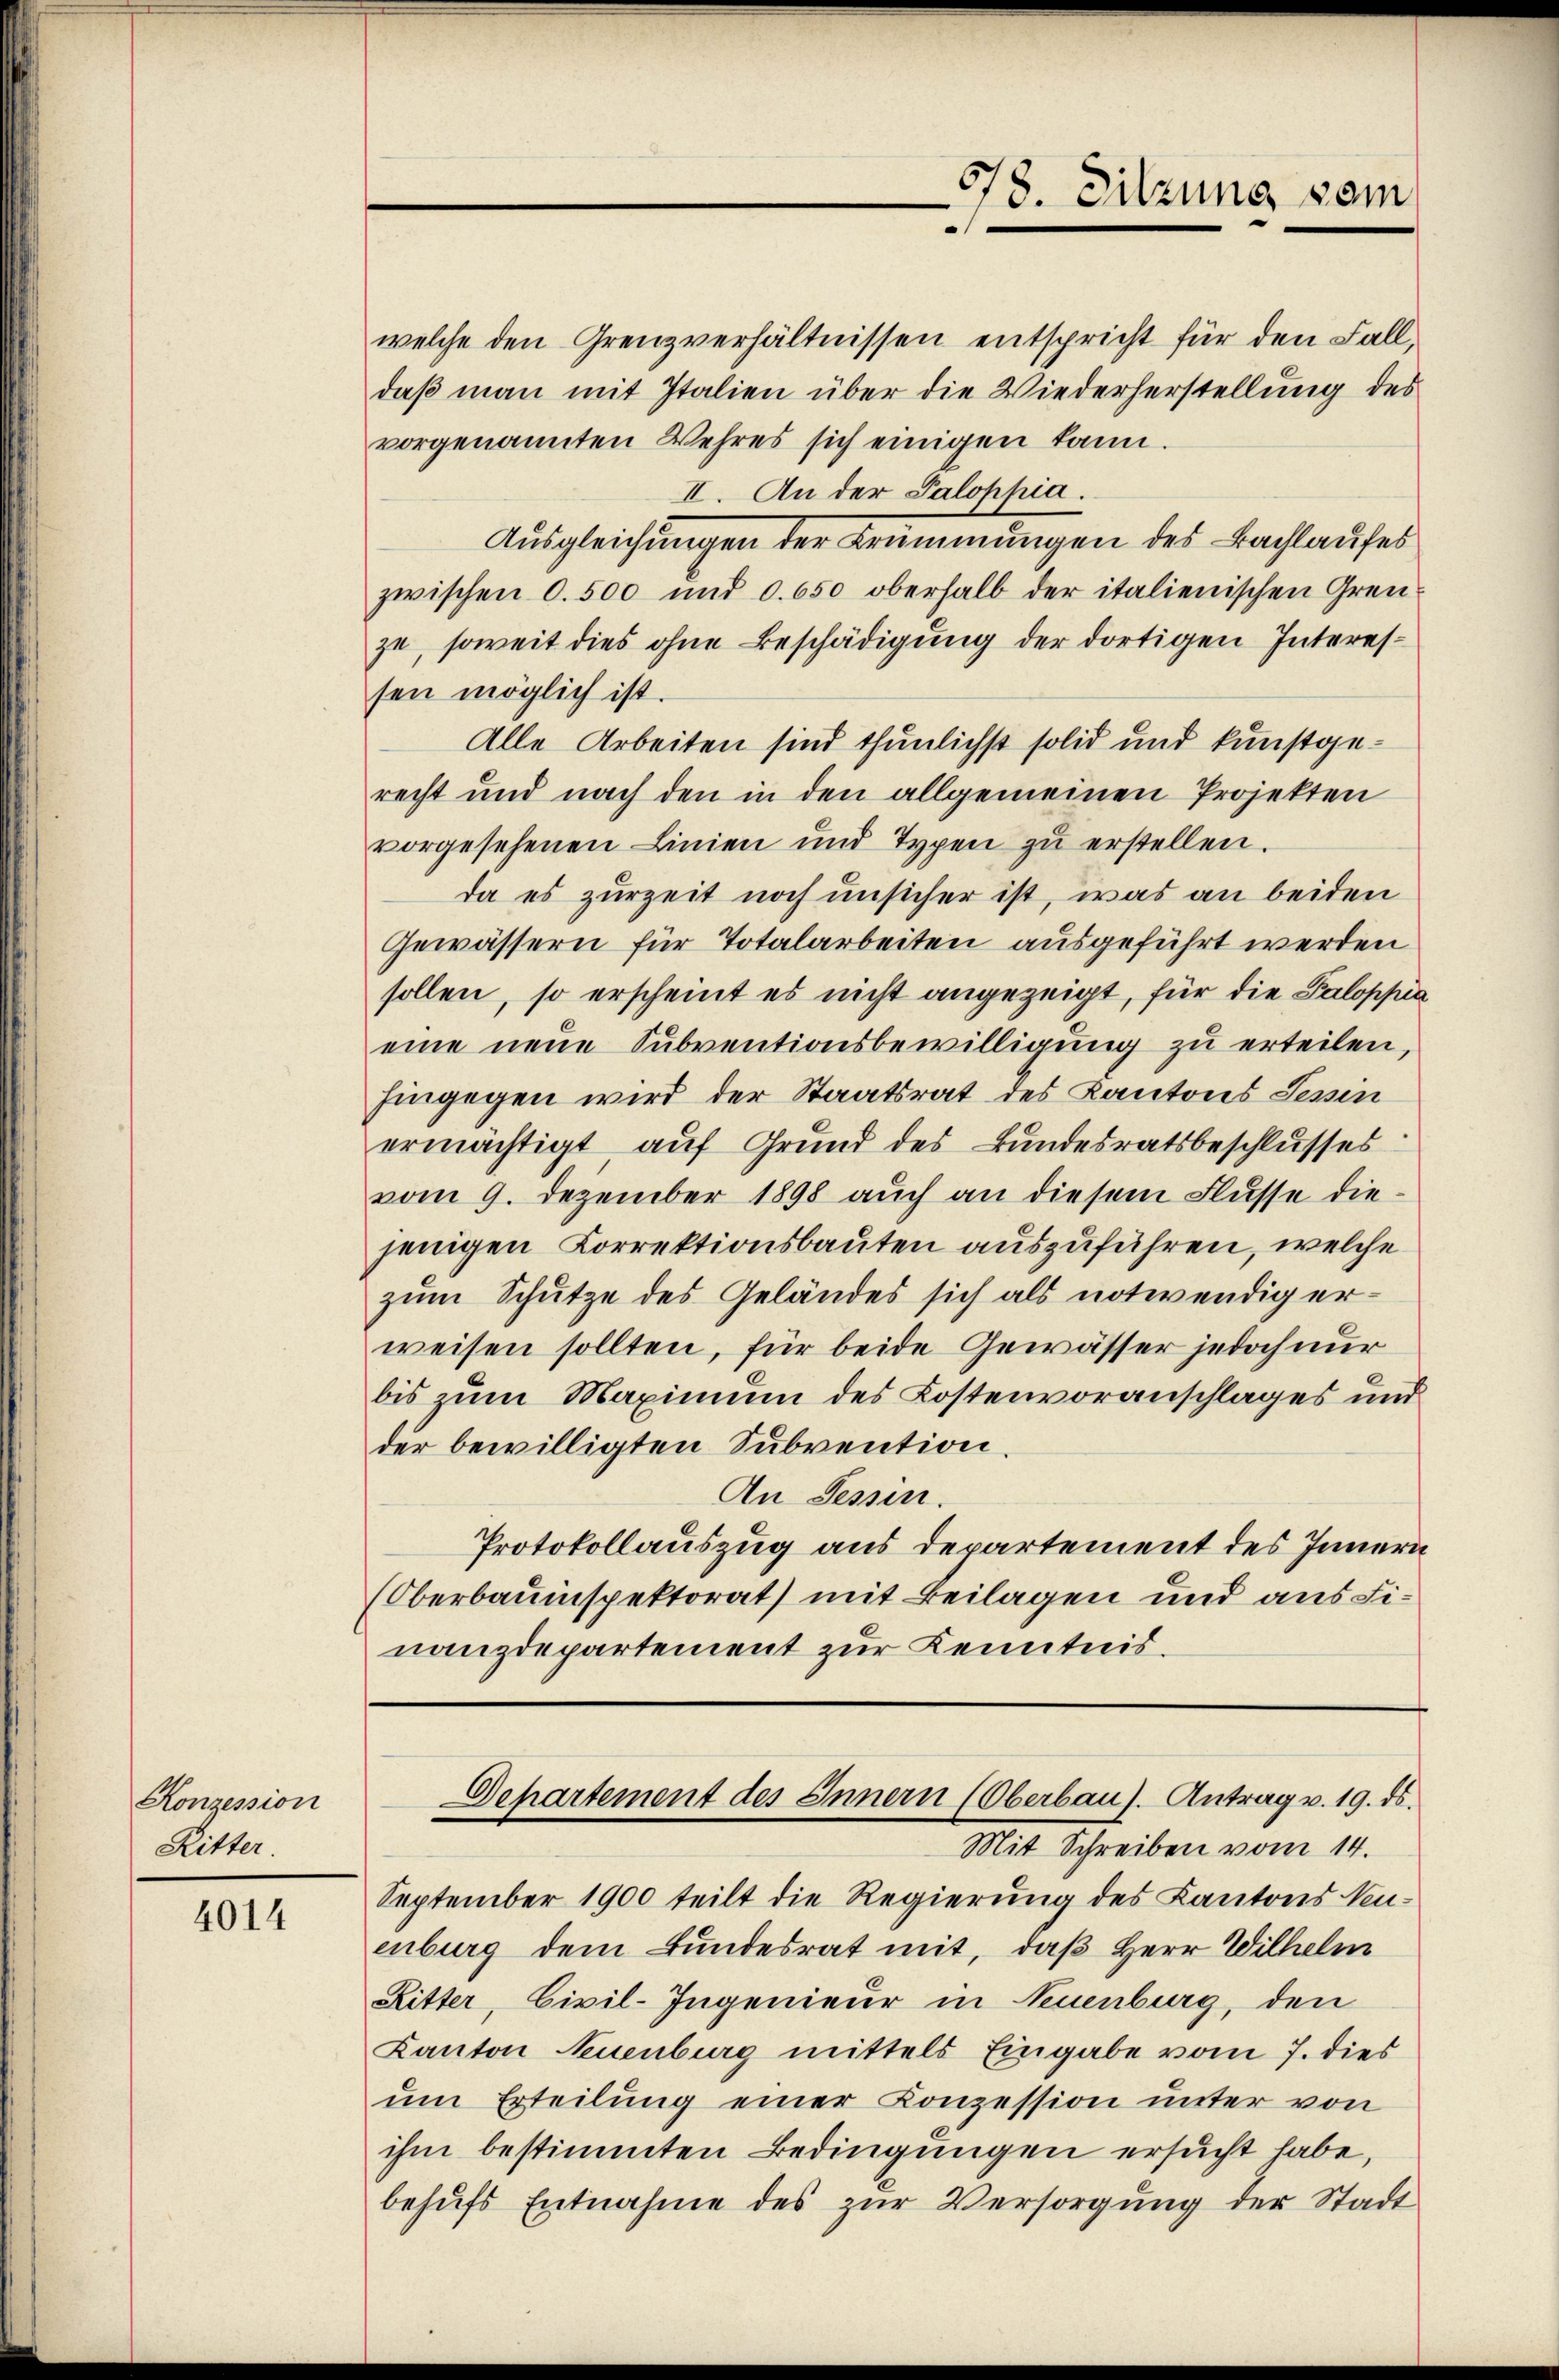
Konzession
Ritter.

4014

welche den Grenzverhältnissen entspricht für den Falldaß man mit Italien über die Wiederherstellung des
vorgenannten Wehres sich einigen kann.
II. An der Palophia.
Ausgleichungen der Krümmungen des Bachlaufes
zwischen 0. 500 und c. 650 oberhalb der italienischen Grenze, soweit dies ohne Beschädigung der dortigen Interessen möglich ist.
Alle Arbeiten sind thunlichst solid und kunstgerecht und nach den in den allgemeinen Projekten
vorgesehenen Linien und Typen zŭ erstellen.
da es zurzeit noch unsicher ist, was an beiden
Gewässern für Totalarbeiten ausgeführt werden
sollen, so erscheint es nicht angezeigt, für die Paloppia
eine neue Subventionsbewilligung zu erteilen,
hingegen wird der Staatsrat des Kantons Tessin
ermächtigt, auf Grund des Bundesratsbeschlusses
vom 9. Dezember 1898 auch an diesem Flusse diejenigen Korrektionsbauten auszuführen, welche
zum Schutze des Geländes sich als notwendig erweisen sollten, für beide Gewässer jedoch nur
bis zum Maximum des Kostenvoranschlages und
der bewilligten Subvention.
An Sessen.
Protokollauszug aus Departement des Innern
Oberbauinspektorat) mit Beilagen und aus Finanzdepartement zur Kenntnis.

Mit Schreiben vom 14.
September 1900 teilt die Regierung des Kantons Neuenburg dem Bundesrat mit, daß Herr Wilhelm
Ritter, Civil-Ingenieur in Neuenburg, den
Kanton Neuenburg mittels Eingabe vom 7. dies
um Erteilung einer Conzession unter von
ihm bestimmten Bedingungen ersucht habe,
behŭfs Entnahme des zur Versorgung der Stadt

678. Sitzung vom

Departement des Innern (Oberbaus. Antrag v. 19. ds.